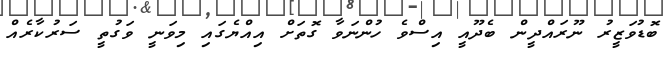
ބޮޑުވަޒީރު ނޫރައްދީން ބެދޫއީ އިސްވެ ހުންނަވާ ގޮތަށް އިއްޔެގައި މިވަނީ ވަގުތީ ސަރުކާރެއް